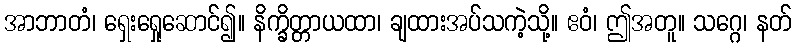
အာဘာတံ၊ ရှေးရှေုဆောင်၍။ နိက္ခိတ္တာယထာ၊ ချထားအပ်သကဲ့သို့။ ဧဝံ၊ ဤအတူ။ သဂ္ဂေ၊ နတ်